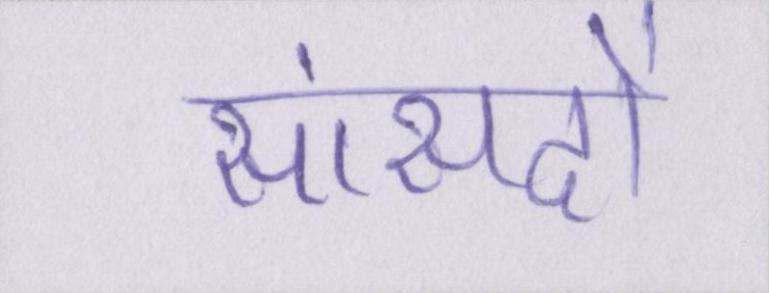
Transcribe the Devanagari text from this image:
सांसदों